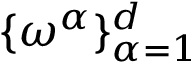
\{ \omega ^ { \alpha } \} _ { \alpha = 1 } ^ { d }